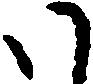
ハ